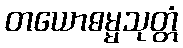
တယောဓမ္မသုတ္တံ